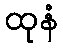
ထုနံ